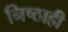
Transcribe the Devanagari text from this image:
निष्ठाही